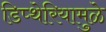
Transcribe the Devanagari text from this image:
डिप्थेरियामुळे